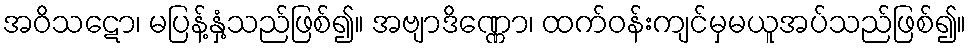
အဝိသဋော၊ မပြန့်နှံ့သည်ဖြစ်၍။ အဗျာဒိဏ္ဏော၊ ထက်ဝန်းကျင်မှမယူအပ်သည်ဖြစ်၍။